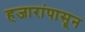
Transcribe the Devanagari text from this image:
हजारांपासून